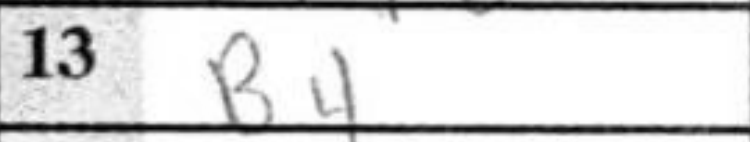
Transcription: B4